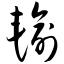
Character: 输